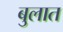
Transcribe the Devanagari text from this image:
बुलात